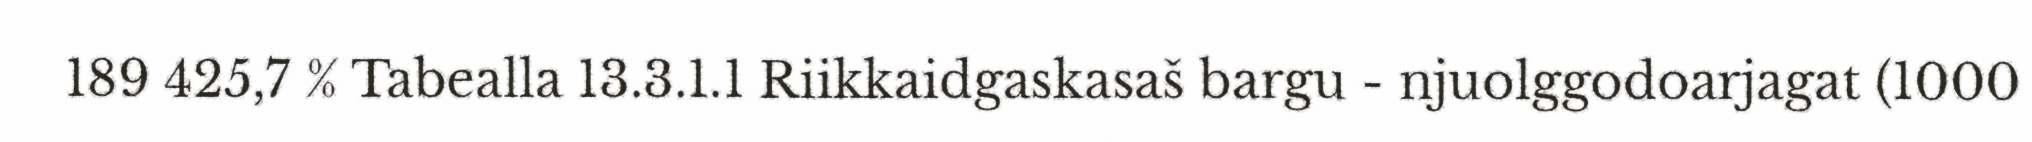
189 425,7 % Tabealla 13.3.1.1 Riikkaidgaskasaš bargu - njuolggodoarjagat (1000